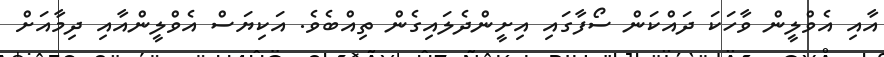
އާއި އެވްލީން ވާހަކަ ދައްކަން ސޯފާގައި އިށީންދެލައިގެން ތިއްބެވެ. އަކިޔަސް އެވްލީންއާއި ދިމާއަށް